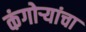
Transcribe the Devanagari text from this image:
कंगोर्‍यांचा